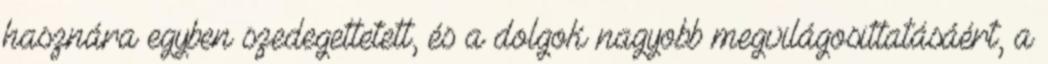
hasznára egyben szedegettetett, és a dolgok nagyobb megvilágosittatásáért, a